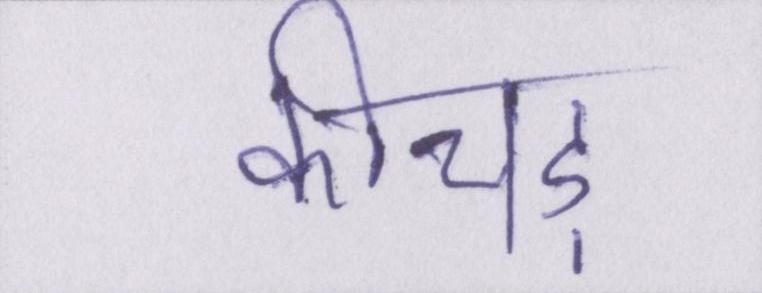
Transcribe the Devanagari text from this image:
कीचड़